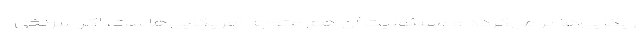
ریکایی‌ها بر می‌گردد و مسئولیت آن هم متوجه آمریکایی‌هاست، اگر سرنخی